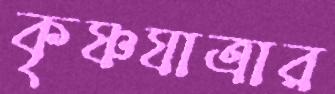
কৃষ্ণযাত্রার